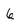
Character: 6